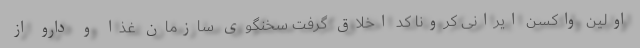
اولین واکسن ایرانی کرونا کد اخلاق گرفت سخنگوی سازمان غذا و دارو از